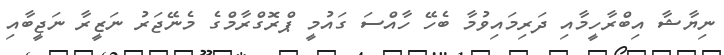
ނިޔާޝާ އިބްރާހީމާއި ދަރިމައިވުމާ ބެހޭ ހާއްސަ ގައުމީ ޕްރޮގްރާމްގެ މެނޭޖަރު ނަޒީރާ ނަޖީބާއި